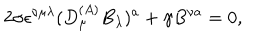
2 \sigma \epsilon ^ { \nu \mu \lambda } ( D _ { \mu } ^ { ( A ) } B _ { \lambda } ) ^ { a } + \gamma B ^ { \nu a } = 0 ,